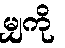
မျှကို